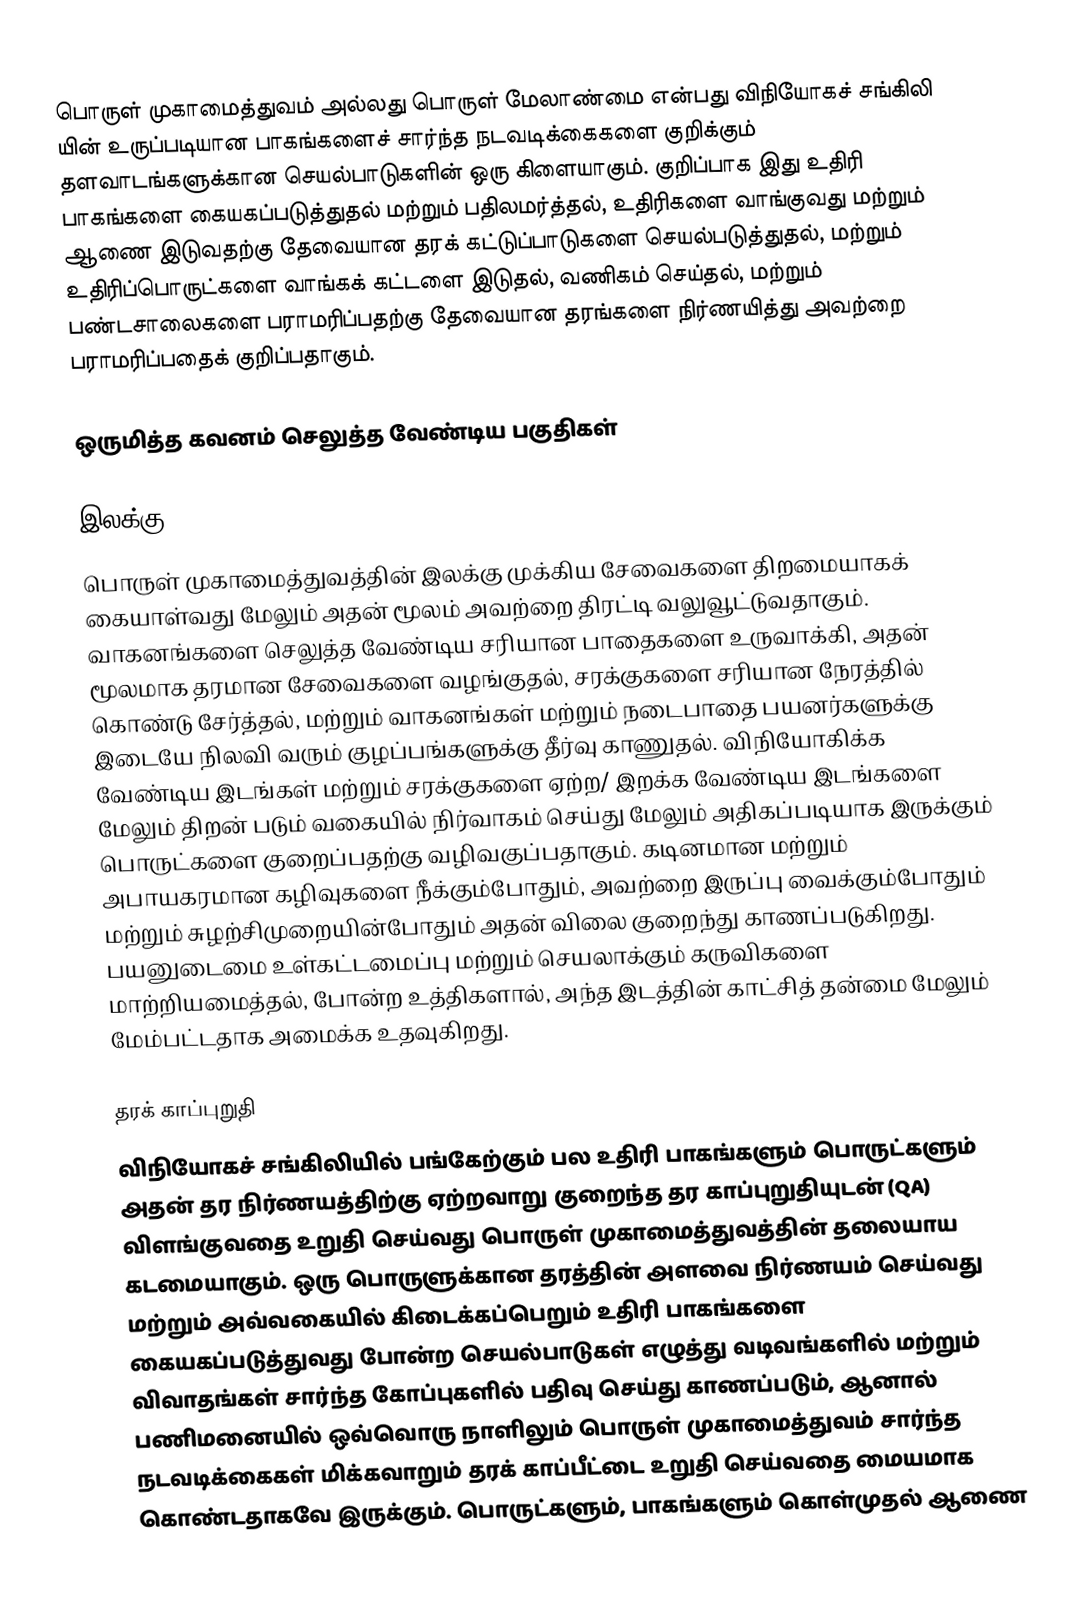
பொருள் முகாமைத்துவம் அல்லது பொருள் மேலாண்மை என்பது விநியோகச் சங்கிலி யின் உருப்படியான பாகங்களைச் சார்ந்த நடவடிக்கைகளை குறிக்கும் தளவாடங்களுக்கான செயல்பாடுகளின் ஒரு கிளையாகும். குறிப்பாக இது உதிரி பாகங்களை கையகப்படுத்துதல் மற்றும் பதிலமர்த்தல், உதிரிகளை வாங்குவது மற்றும் ஆணை இடுவதற்கு தேவையான தரக் கட்டுப்பாடுகளை செயல்படுத்துதல், மற்றும் உதிரிப்பொருட்களை வாங்கக் கட்டளை இடுதல், வணிகம் செய்தல், மற்றும் பண்டசாலைகளை பராமரிப்பதற்கு தேவையான தரங்களை நிர்ணயித்து அவற்றை பராமரிப்பதைக் குறிப்பதாகும்.

ஒருமித்த கவனம் செலுத்த வேண்டிய பகுதிகள்

இலக்கு
பொருள் முகாமைத்துவத்தின் இலக்கு முக்கிய சேவைகளை திறமையாகக் கையாள்வது மேலும் அதன் மூலம் அவற்றை திரட்டி வலுவூட்டுவதாகும். வாகனங்களை செலுத்த வேண்டிய சரியான பாதைகளை உருவாக்கி, அதன் மூலமாக தரமான சேவைகளை வழங்குதல், சரக்குகளை சரியான நேரத்தில் கொண்டு சேர்த்தல், மற்றும் வாகனங்கள் மற்றும் நடைபாதை பயனர்களுக்கு இடையே நிலவி வரும் குழப்பங்களுக்கு தீர்வு காணுதல்.  விநியோகிக்க வேண்டிய இடங்கள் மற்றும் சரக்குகளை ஏற்ற/ இறக்க வேண்டிய இடங்களை மேலும் திறன் படும் வகையில் நிர்வாகம் செய்து மேலும் அதிகப்படியாக இருக்கும் பொருட்களை குறைப்பதற்கு வழிவகுப்பதாகும்.  கடினமான மற்றும் அபாயகரமான கழிவுகளை நீக்கும்போதும், அவற்றை இருப்பு வைக்கும்போதும் மற்றும் சுழற்சிமுறையின்போதும் அதன் விலை குறைந்து காணப்படுகிறது. பயனுடைமை உள்கட்டமைப்பு மற்றும் செயலாக்கும் கருவிகளை மாற்றியமைத்தல், போன்ற உத்திகளால், அந்த இடத்தின் காட்சித் தன்மை மேலும் மேம்பட்டதாக அமைக்க உதவுகிறது.

தரக் காப்புறுதி
விநியோகச் சங்கிலியில் பங்கேற்கும் பல உதிரி பாகங்களும் பொருட்களும் அதன் தர நிர்ணயத்திற்கு ஏற்றவாறு குறைந்த தர காப்புறுதியுடன் (QA) விளங்குவதை உறுதி செய்வது பொருள் முகாமைத்துவத்தின் தலையாய கடமையாகும்.  ஒரு பொருளுக்கான தரத்தின் அளவை நிர்ணயம் செய்வது மற்றும் அவ்வகையில் கிடைக்கப்பெறும் உதிரி பாகங்களை கையகப்படுத்துவது போன்ற செயல்பாடுகள் எழுத்து வடிவங்களில் மற்றும் விவாதங்கள் சார்ந்த கோப்புகளில் பதிவு செய்து காணப்படும், ஆனால் பணிமனையில் ஒவ்வொரு நாளிலும் பொருள் முகாமைத்துவம் சார்ந்த நடவடிக்கைகள் மிக்கவாறும் தரக் காப்பீட்டை உறுதி செய்வதை மையமாக கொண்டதாகவே இருக்கும். பொருட்களும், பாகங்களும் கொள்முதல் ஆணை